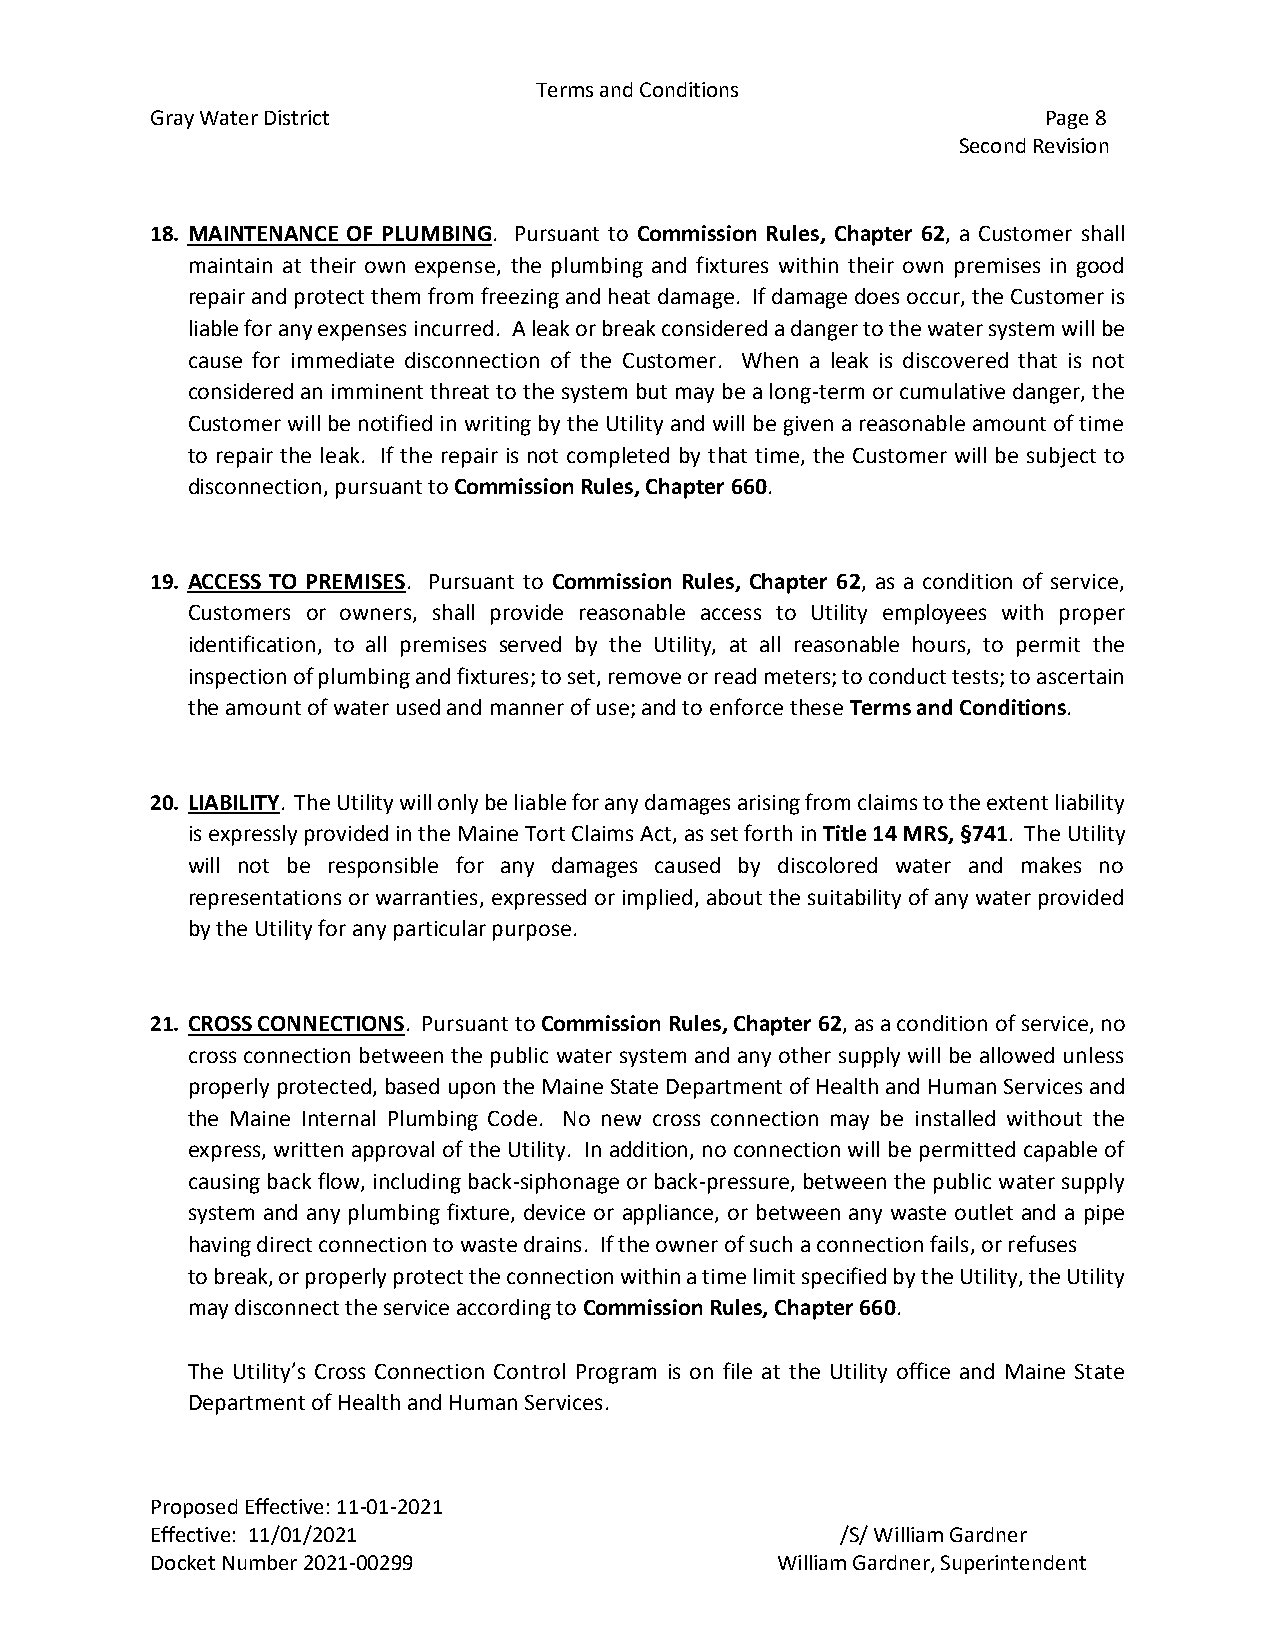
Terms and Conditions
 Gray Water District                                        Page 8
 Second Revision
 18. MAINTENANCE OF PLUMBING. Pursuant to Commission Rules, Chapter 62, a Customer shall
 maintain at their own expense, the plumbing and fixtures within their own premises in good
 repair and protect them from freezing and heat damage. If damage does occur, the Customer is
 liable for any expenses incurred. A leak or break considered a danger to the water system will be
 cause for immediate disconnection of the Customer. When a leak is discovered that is not
 considered an imminent threat to the system but may be a long-term or cumulative danger, the
 Customer will be notified in writing by the Utility and will be given a reasonable amount of time
 to repair the leak. If the repair is not completed by that time, the Customer will be subject to
 disconnection, pursuant to Commission Rules, Chapter 660.
 19. ACCESS TO PREMISES. Pursuant to Commission Rules, Chapter 62, as a condition of service,
 Customers or owners, shall provide reasonable access to Utility employees with proper
 identification, to all premises served by the Utility, at all reasonable hours, to permit the
 inspection of plumbing and fixtures; to set, remove or read meters; to conduct tests; to ascertain
 the amount of water used and manner of use; and to enforce these Terms and Conditions.
 20. LIABILITY. The Utility will only be liable for any damages arising from claims to the extent liability
 is expressly provided in the Maine Tort Claims Act, as set forth in Title 14 MRS, §741. The Utility
 will not be responsible for any damages caused by discolored water and makes no
 representations or warranties, expressed or implied, about the suitability of any water provided
 by the Utility for any particular purpose.
 21. CROSS CONNECTIONS. Pursuant to Commission Rules, Chapter 62, as a condition of service, no
 cross connection between the public water system and any other supply will be allowed unless
 properly protected, based upon the Maine State Department of Health and Human Services and
 the Maine Internal Plumbing Code. No new cross connection may be installed without the
 express, written approval of the Utility. In addition, no connection will be permitted capable of
 causing back flow, including back-siphonage or back-pressure, between the public water supply
 system and any plumbing fixture, device or appliance, or between any waste outlet and a pipe
 having direct connection to waste drains. If the owner of such a connection fails, or refuses
 to break, or properly protect the connection within a time limit specified by the Utility, the Utility
 may disconnect the service according to Commission Rules, Chapter 660.
 The Utility’s Cross Connection Control Program is on file at the Utility office and Maine State
 Department of Health and Human Services.
 Proposed Effective: 11-01-2021
 Effective: 11/01/2021                         /S/ William Gardner
 Docket Number 2021-00299                 William Gardner, Superintendent